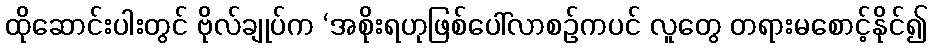
ထိုဆောင်းပါးတွင် ဗိုလ်ချုပ်က ‘အစိုးရဟုဖြစ်ပေါ်လာစဉ်ကပင် လူတွေ တရားမစောင့်နိုင်၍